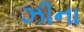
ઝીના